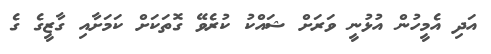
އަދި އެމީހުން އުޅުނީ ވަރަށް ޝައްކު ކުރެވޭ ގޮތަކަށް ކަމަށާއި ގާޒީގެ ގެ